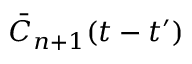
\bar { C } _ { n + 1 } ( t - t ^ { \prime } )